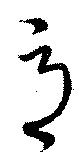
辱